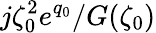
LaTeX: j\zeta_{0}^{2}e^{q_{0}}/G(\zeta_{0})